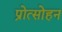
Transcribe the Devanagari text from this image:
प्रोत्साेहन